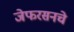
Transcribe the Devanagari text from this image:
जेफरसनचे